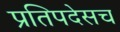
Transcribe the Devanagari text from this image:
प्रतिपदेसच